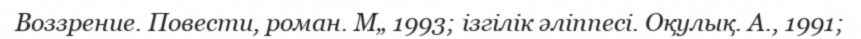
Воззрение. Повести, роман. М„ 1993; ізгілік әліппесі. Оқулық. А., 1991;